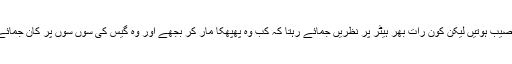
وہ یہ والی سردیاں نکال ہی جاتی اگر اسے گرم راتیں نصیب ہوتیں لیکن کون رات بھر ہیٹر پر نظریں جمائے رہتا کہ کب وہ پھپھکا مار کر بجھے اور وہ گیس کی سوں سوں پر کان جمائے، تیلیاں جلا جلا کر گیس کی بحالی کا یقین کرتا رہے۔